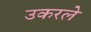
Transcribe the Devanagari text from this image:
उकरले